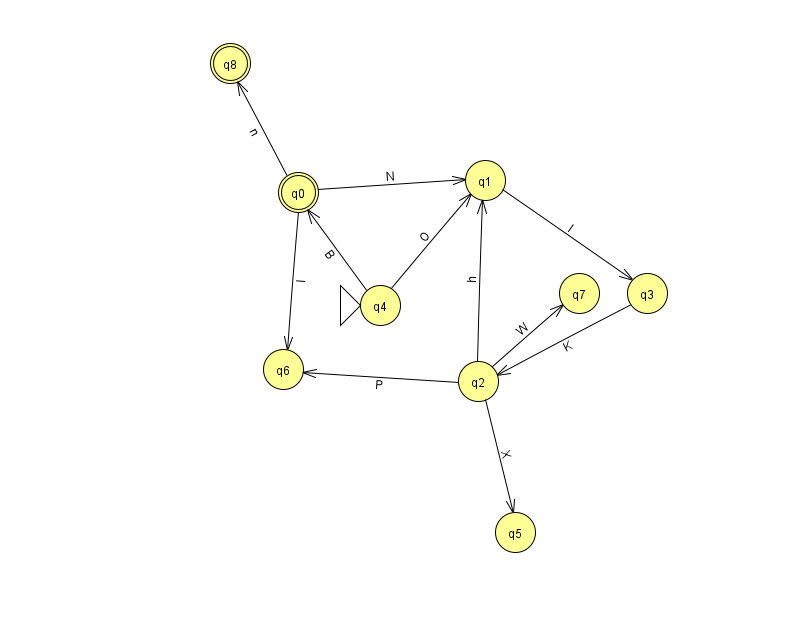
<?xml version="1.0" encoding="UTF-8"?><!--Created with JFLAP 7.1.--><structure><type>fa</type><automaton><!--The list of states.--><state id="0" name="q0"><x>298.0</x><y>179.0</y><final/></state><state id="1" name="q1"><x>485.0</x><y>167.0</y></state><state id="2" name="q2"><x>478.0</x><y>368.0</y></state><state id="3" name="q3"><x>647.0</x><y>280.0</y></state><state id="4" name="q4"><x>380.0</x><y>292.0</y><initial/></state><state id="5" name="q5"><x>515.0</x><y>519.0</y></state><state id="6" name="q6"><x>283.0</x><y>356.0</y></state><state id="7" name="q7"><x>579.0</x><y>280.0</y></state><state id="8" name="q8"><x>230.0</x><y>50.0</y><final/></state><!--The list of transitions.--><transition><from>2</from><to>7</to><read>W</read></transition><transition><from>2</from><to>5</to><read>X</read></transition><transition><from>0</from><to>1</to><read>N</read></transition><transition><from>0</from><to>6</to><read>I</read></transition><transition><from>4</from><to>1</to><read>O</read></transition><transition><from>4</from><to>0</to><read>B</read></transition><transition><from>1</from><to>3</to><read>l</read></transition><transition><from>2</from><to>6</to><read>P</read></transition><transition><from>3</from><to>2</to><read>K</read></transition><transition><from>0</from><to>8</to><read>n</read></transition><transition><from>2</from><to>1</to><read>h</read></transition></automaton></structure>